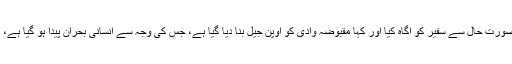
ملاقات میں چیئرمین سینیٹ نے مقبوضہ کشمیر کی صورت حال سے سفیر کو آگاہ کیا اور کہا مقبوضہ وادی کو اوپن جیل بنا دیا گیا ہے، جس کی وجہ سے انسانی بحران پیدا ہو گیا ہے، ناروے بھارتی ظلم رکوانے کے لیے کردار ادا کرے۔